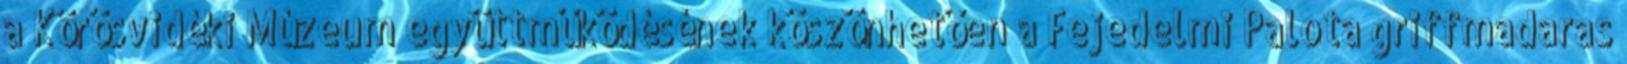
a Körösvidéki Múzeum együttműködésének köszönhetően a Fejedelmi Palota griffmadaras